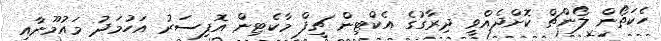
ހެކަތޯން ލޯންޗް ކޮށްދެއްވީ ދިރާގުގެ އެކްޓިން ޗީފް މާކެޓިން އޮފިސަރު އަހުމަދު މައުމޫނާއި